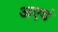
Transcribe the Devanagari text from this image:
अएवं